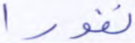
نفورا